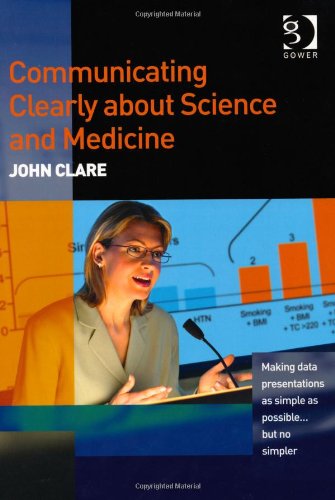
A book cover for Communicating Clearly About Science and Medicine: Making Data Presentations as Simple as Possible...But No Simpler; John Clare; Business & Money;